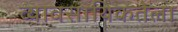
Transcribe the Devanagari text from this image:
व्यावसायिकतेला